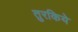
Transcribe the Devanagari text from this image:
तुरकिये